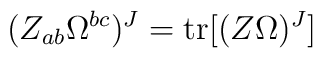
(Z_{ab} \Omega^{bc})^J = {\rm tr} [(Z \Omega)^J]